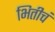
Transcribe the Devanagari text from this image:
भितीचं